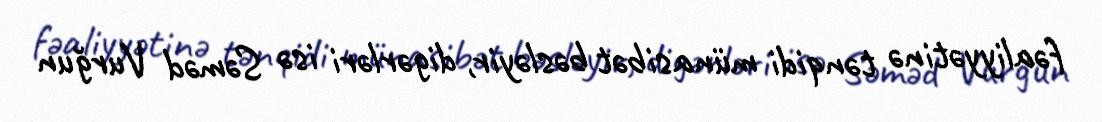
fəaliyyətinə tənqidi münasibət bəsləyir, digərləri isə Səməd Vurğun